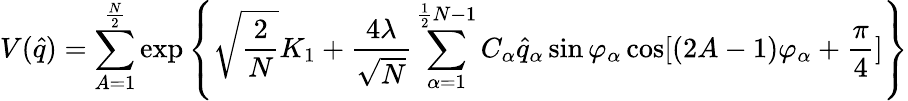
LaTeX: V(\hat{q})=\sum_{A=1}^{\frac{N}{2}}\exp\left\{ \sqrt{\frac{2}{N}}K_{1}+\frac{4\lambda}{\sqrt{N}}\sum_{\alpha=1}^{\frac{1}{2}N-1}C_{\alpha}\hat{q}_{\alpha}\sin\varphi_{\alpha}\cos[(2A-1)\varphi_{\alpha}+\frac{\pi}{4}]\right\}